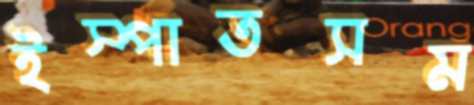
ইস্পাতসম